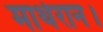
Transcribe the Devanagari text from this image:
माथेरान।